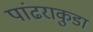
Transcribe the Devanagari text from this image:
पांढराकुडा